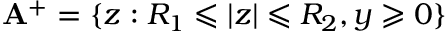
\mathbf { A } ^ { + } = \{ z : R _ { 1 } \leqslant | z | \leqslant R _ { 2 } , y \geqslant 0 \}